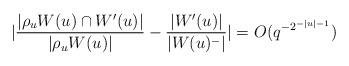
LaTeX: \begin{align*}|\frac{|\rho_u W(u)\cap W'(u)|}{|\rho_u W(u) |} - \frac{|W'(u)|}{|W(u)^-|}| = O(q^{-2^{-|u|-1}})\end{align*}